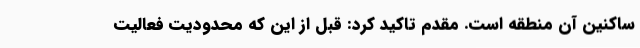
ساکنین آن منطقه است. مقدم تاکید کرد: قبل از این که محدودیت فعالیت